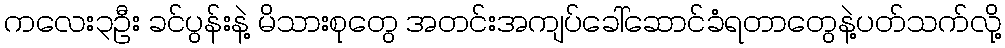
ကလေး၃ဦး ခင်ပွန်းနဲ့ မိသားစုတွေ အတင်းအကျပ်ခေါ်ဆောင်ခံရတာတွေနဲ့ပတ်သက်လို့